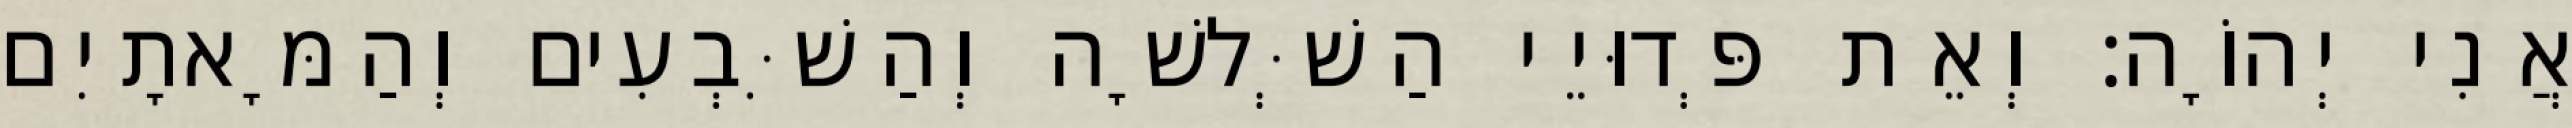
אֲנִי יְהוָֹה׃ וְאֵת פְּדוּיֵי הַשְּׁלשָׁה וְהַשִּׁבְעִים וְהַמָּאתָיִם